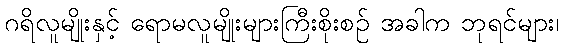
ဂရိလူမျိုးနှင့် ရောမလူမျိုးများကြီးစိုးစဉ် အခါက ဘုရင်များ၊